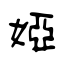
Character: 婭